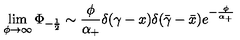
\lim _ { \phi \rightarrow \infty } \Phi _ { - \frac 1 2 } \sim \frac \phi { \alpha _ { + } } \delta ( \gamma - x ) \delta ( \bar { \gamma } - \bar { x } ) e ^ { - \frac { \phi } { \alpha _ { + } } }